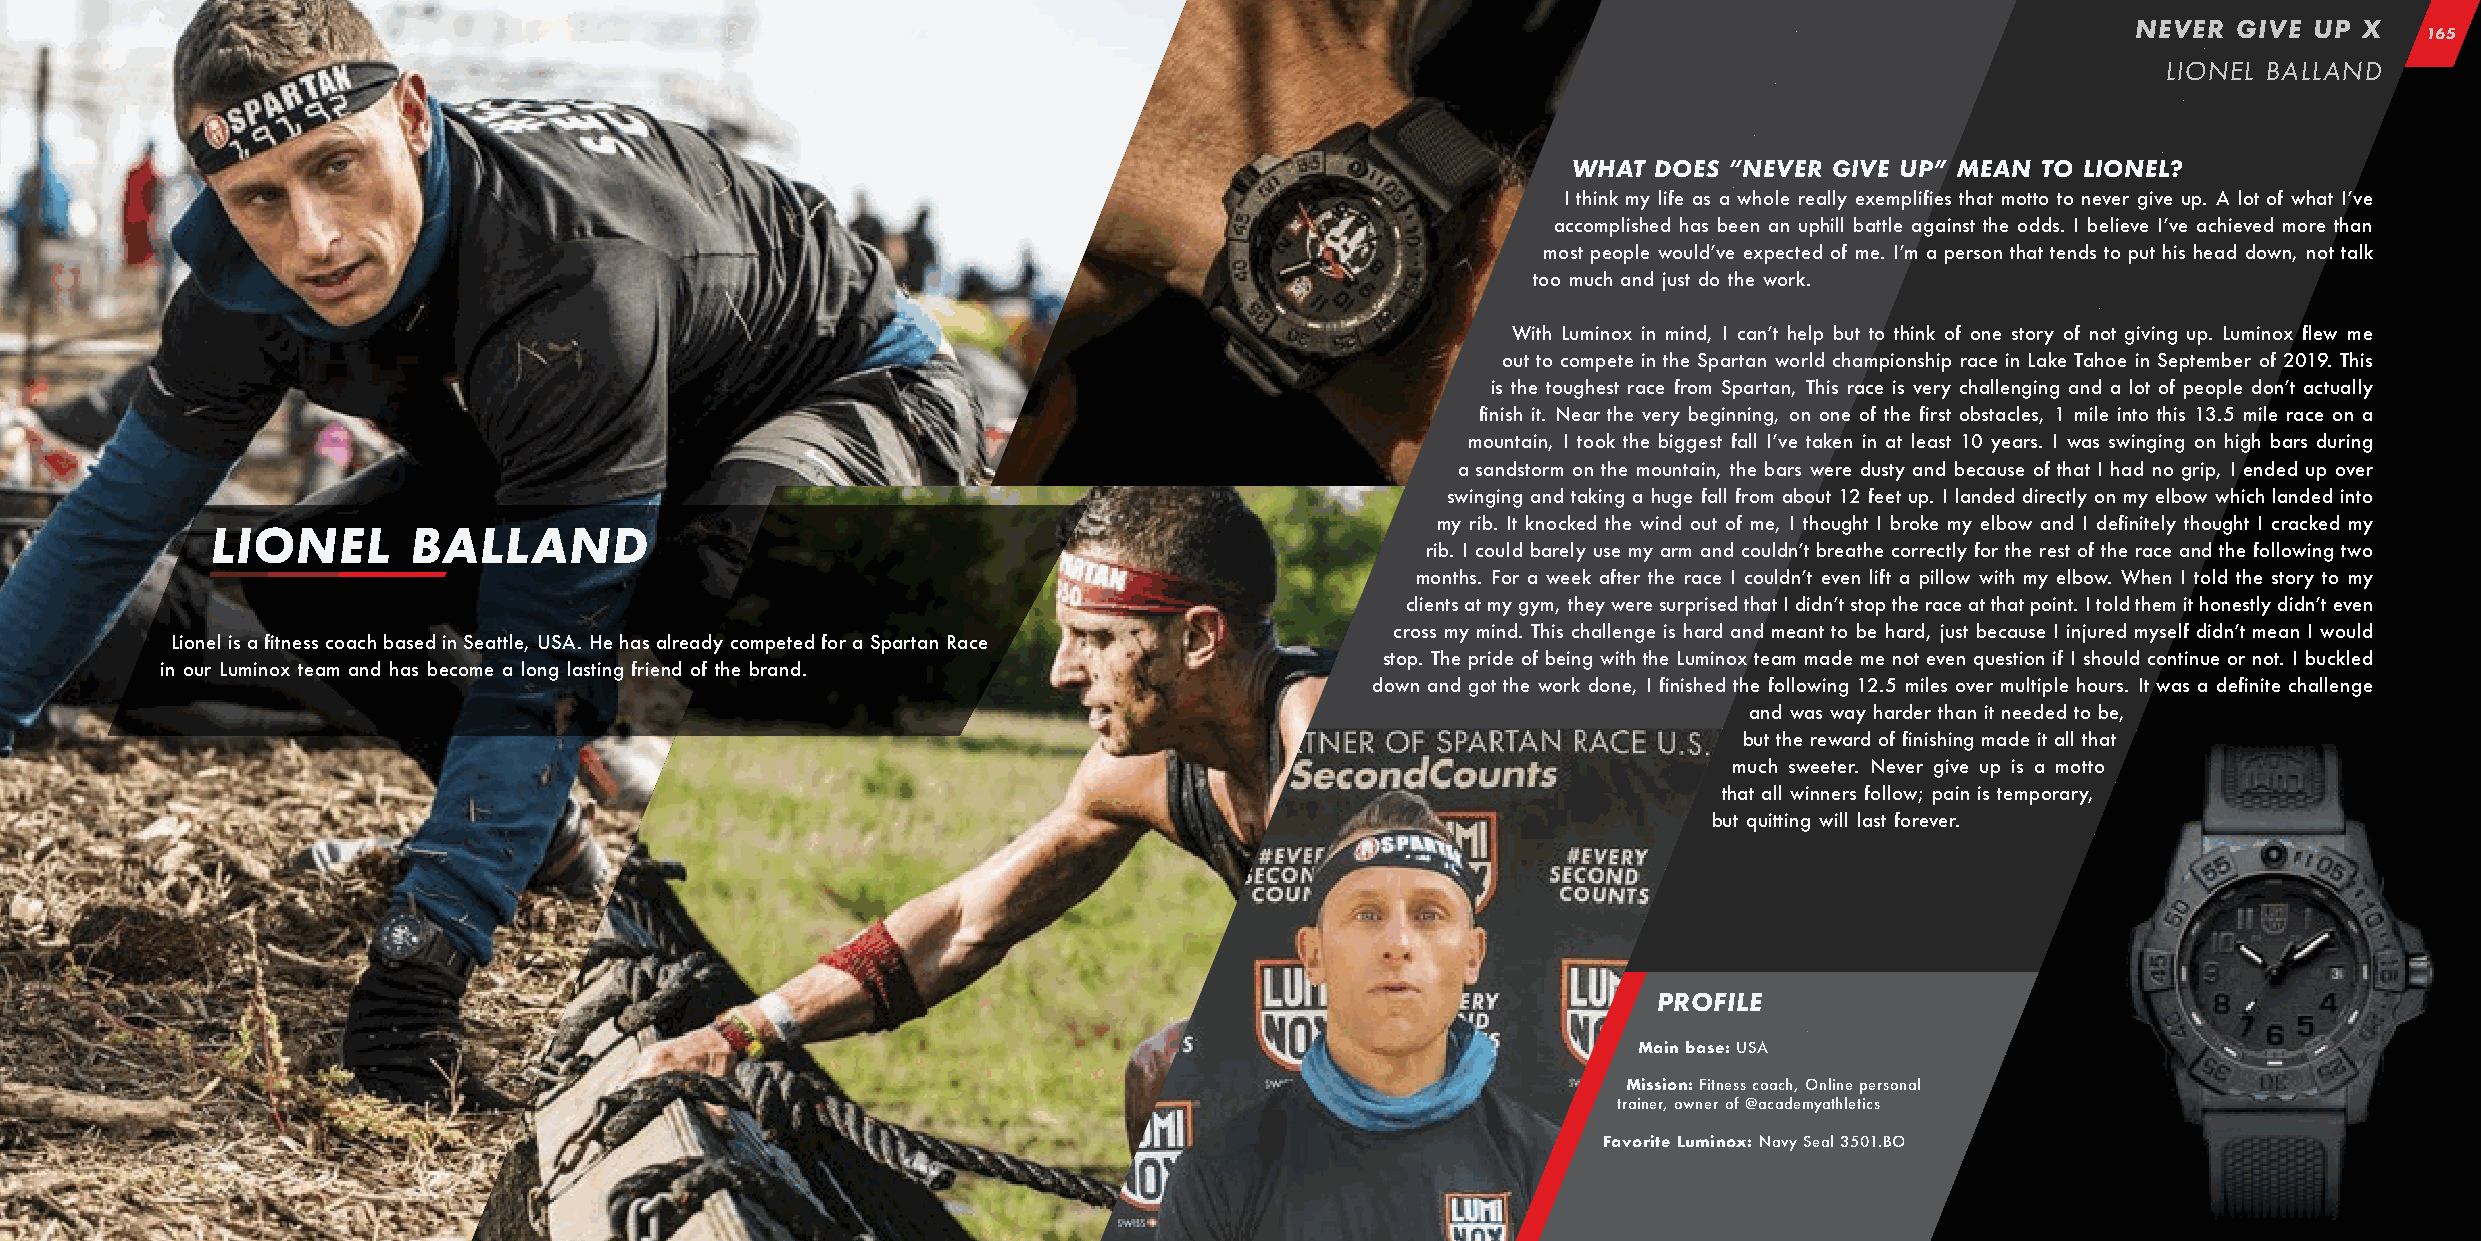
NEVER  GIVE UP X
 165
 LIONEL BALLAND
 WHAT  DOES “NEVER GIVE UP” MEAN TO LIONEL?
 I think my life as a whole really exemplifies that motto to never give up. A lot of what I’ve
 accomplished has been an uphill battle against the odds. I believe I’ve achieved more than
 most people would’ve expected of me. I’m a person that tends to put his head down, not talk
 too much and just do the work.
 With Luminox in mind, I can’t help but to think of one story of not giving up. Luminox flew me
 out to compete in the Spartan world championship race in Lake Tahoe in September of 2019. This
 is the toughest race from Spartan, This race is very challenging and a lot of people don’t actually
 finish it. Near the very beginning, on one of the first obstacles, 1 mile into this 13.5 mile race on a
 mountain, I took the biggest fall I’ve taken in at least 10 years. I was swinging on high bars during
 a sandstorm on the mountain, the bars were dusty and because of that I had no grip, I ended up over
 swinging and taking a huge fall from about 12 feet up. I landed directly on my elbow which landed into
 my rib. It knocked the wind out of me, I thought I broke my elbow and I definitely thought I cracked my
 LIONEL       BALLAND
 rib. I could barely use my arm and couldn’t breathe correctly for the rest of the race and the following two
 months. For a week after the race I couldn’t even lift a pillow with my elbow. When I told the story to my
 clients at my gym, they were surprised that I didn’t stop the race at that point. I told them it honestly didn’t even
 cross my mind. This challenge is hard and meant to be hard, just because I injured myself didn’t mean I would
 Lionel is a fitness coach based in Seattle, USA. He has already competed for a Spartan Race
 stop. The pride of being with the Luminox team made me not even question if I should continue or not. I buckled
 in our Luminox team and has become a long lasting friend of the brand.
 down and got the work done, I finished the following 12.5 miles over multiple hours. It was a definite challenge
 and was way harder than it needed to be,
 but the reward of finishing made it all that
 much sweeter. Never give up is a motto
 that all winners follow; pain is temporary,
 but quitting will last forever.
 PROFILE
 Main base: USA
 Mission: Fitness coach, Online personal
 Profile
 trainer, owner of @academyathletics
 Favorite Luminox: Navy Seal 3501.BO
 3501.SPARTAN
 44 mm
 –– ––